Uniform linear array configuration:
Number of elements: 4
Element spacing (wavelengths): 0.5
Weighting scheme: kaiser
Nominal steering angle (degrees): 30
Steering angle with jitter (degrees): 29.827
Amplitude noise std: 0.05
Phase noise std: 0.05

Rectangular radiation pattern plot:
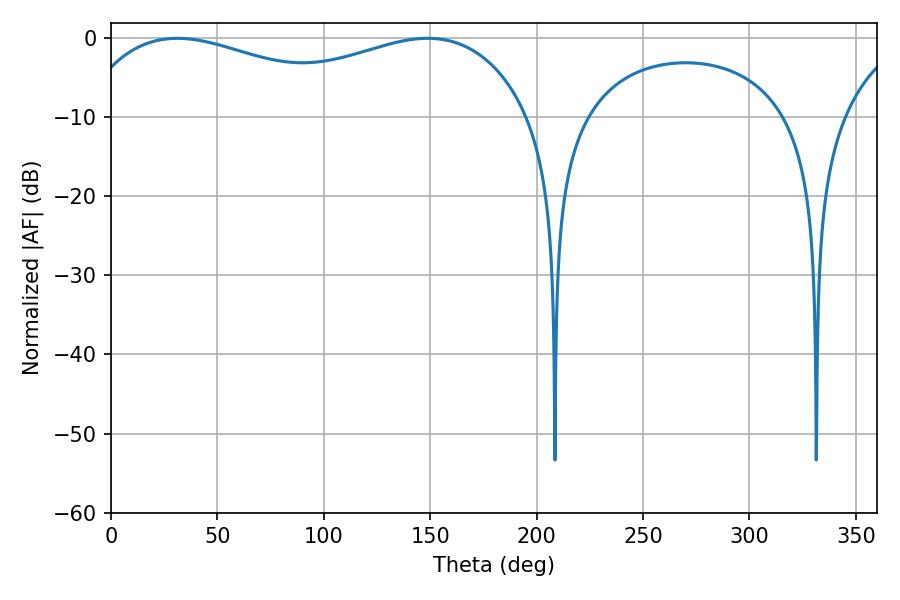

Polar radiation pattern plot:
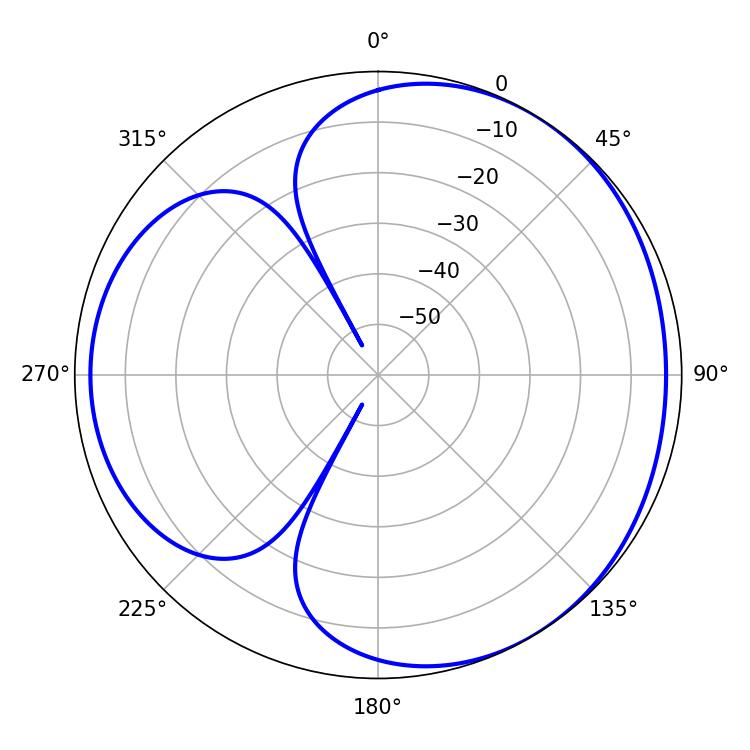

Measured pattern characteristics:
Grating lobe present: FALSE
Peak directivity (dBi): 3.502
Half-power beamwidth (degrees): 80.82
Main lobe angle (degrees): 31.14